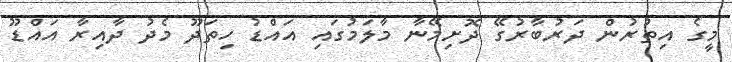
މީގެ އިތުރުން ދަރުބާރުގޭ ދޮށިމޭނާ މާލަމުގައި އައްޑު ހިތަދޫ މެދު ދާއިރާ އައްޑޫ